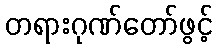
တရားဂုဏ်တော်ဖွင့်